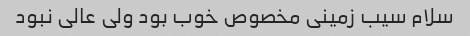
سلام سیب زمینی مخصوص خوب بود ولی عالی نبود